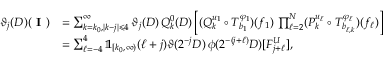
\begin{array} { r l } { \vartheta _ { j } ( D ) ( \textbf { I } ) } & { = \sum _ { k = k _ { 0 } , | k - j | \leqslant 4 } ^ { \infty } \vartheta _ { j } ( D ) \, Q _ { k } ^ { 0 } ( D ) \left[ ( Q _ { k } ^ { u _ { 1 } } \circ T _ { b _ { 1 } } ^ { \varphi _ { 1 } } ) ( f _ { 1 } ) \, \prod _ { \ell = 2 } ^ { N } ( P _ { k } ^ { u _ { \ell } } \circ T _ { b _ { \ell , k } } ^ { \varphi _ { \ell } } ) ( f _ { \ell } ) \right] } \\ & { = \sum _ { \ell = - 4 } ^ { 4 } \mathbb { 1 } _ { [ k _ { 0 } , \infty ) } ( \ell + j ) \vartheta ( 2 ^ { - j } D ) \, { \phi } ( 2 ^ { - ( j + \ell ) } D ) [ F _ { j + \ell } ^ { U } ] , } \end{array}